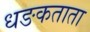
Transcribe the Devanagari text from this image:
धङकताता